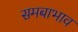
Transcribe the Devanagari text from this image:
समबाभाव